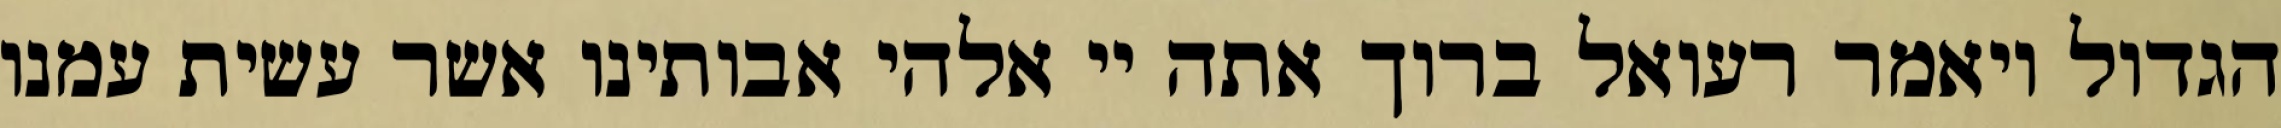
הגדול ויאמר רעואל ברוך אתה יי אלהי אבותינו אשר עשית עמנו